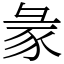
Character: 𧰲